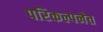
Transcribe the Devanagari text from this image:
परिकल्पनेत